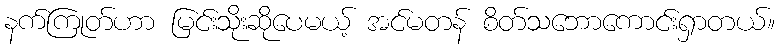
နက်ကြုတ်ဟာ မြင်းသိုးဆိုပေမယ့် အင်မတန် စိတ်သဘောကောင်းရှာတယ်။